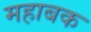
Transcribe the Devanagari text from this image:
महाबक